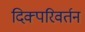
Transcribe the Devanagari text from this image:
दिक्परिवर्तन